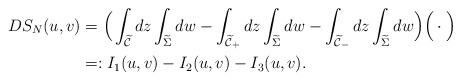
LaTeX: \begin{align*} DS_{N}(u, v) & = \Big(\int_{\widetilde{\mathcal{C}}} dz \int_{\widetilde{\Sigma}} dw- \int_{\widetilde{\mathcal{C}}_{+}} dz \int_{\widetilde{\Sigma}} dw - \int_{\widetilde{\mathcal{C}}_{-}} dz \int_{\widetilde{\Sigma}} dw\Big)\Big(\cdot\Big) \\&=:I_{1} (u, v) - I_{2}(u, v) - I_{3}(u, v). \end{align*}